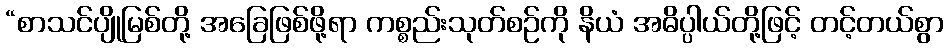
“စာသင်ပျိုမြစ်တို့ အခြေဖြစ်ဖို့ရာ ကစ္စည်းသုတ်စဉ်ကို နိယံ အဓိပ္ပါယ်တို့ဖြင့် တင့်တယ်စွာ